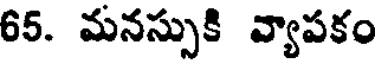
65. మనస్సుకి వ్యాపకం